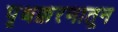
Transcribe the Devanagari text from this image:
पृथक्करणातून